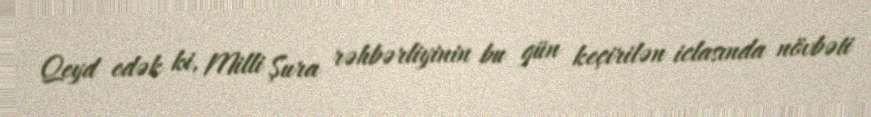
Qeyd edək ki, Milli Şura rəhbərliyinin bu gün keçirilən iclasında növbəti